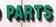
parts